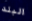
البلد